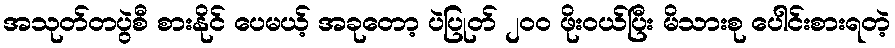
အသုတ်တပွဲစီ စားနိုင် ပေမယ့် အခုတော့ ပဲပြုတ် ၂၀၀ ဖိုးဝယ်ပြီး မိသားစု ပေါင်းစားရတဲ့